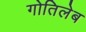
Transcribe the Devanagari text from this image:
गोतिलेब